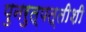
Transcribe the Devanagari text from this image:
पुनरुत्पत्तीशी